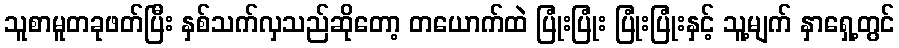
သူစာမူတခုဖတ်ပြီး နှစ်သက်လှသည်ဆိုတော့ တယောက်ထဲ ပြုံးပြုံး ပြုံးပြုံးနှင့် သူ့မျက် နှာရှေ့တွင်